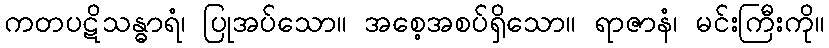
ကတပဋိသန္ဓာရံ၊ ပြုအပ်သော။ အစေ့အစပ်ရှိသော။ ရာဇာနံ၊ မင်းကြီးကို။